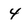
Character: 4